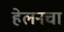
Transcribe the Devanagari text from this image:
हेलनचा